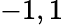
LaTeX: -1,1